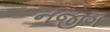
નજીગ